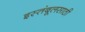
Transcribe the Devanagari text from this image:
इस्तंबूलसाठी